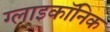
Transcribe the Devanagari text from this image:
ग्लाइकॉनिक